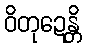
ဝိတုဍေန္တိ